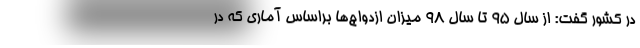
در کشور گفت: از سال ۹۵ تا سال ۹۸ میزان ازدواج‌ها براساس آماری که در